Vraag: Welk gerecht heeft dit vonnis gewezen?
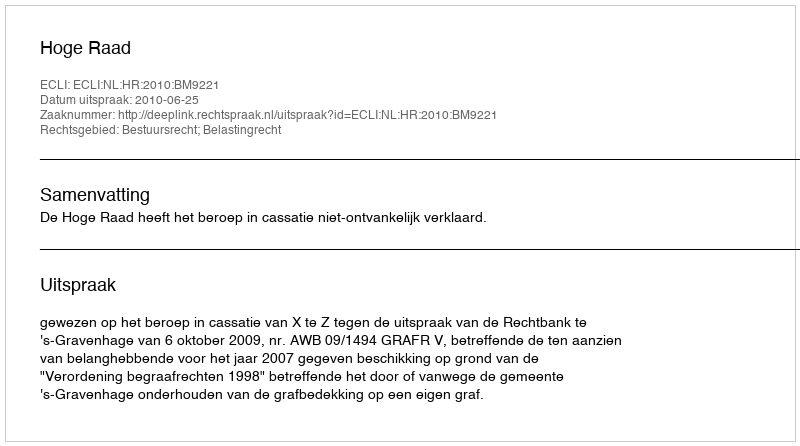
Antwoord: Hoge Raad